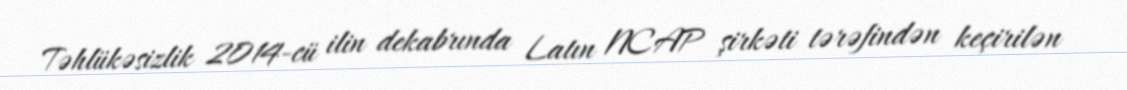
Təhlükəsizlik 2014-cü ilin dekabrında Latın NCAP şirkəti tərəfindən keçirilən